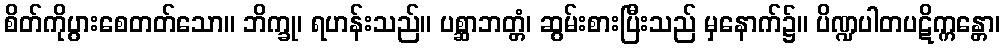
စိတ်ကိုပွားစေတတ်သော။ ဘိက္ခု၊ ရဟန်းသည်။ ပစ္ဆာဘတ္တံ၊ ဆွမ်းစားပြီးသည် မှနောက်၌။ ပိဏ္ဍပါတပဋိက္ကန္တော၊